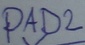
Text: PAD2